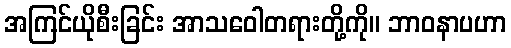
အကြင်ယိုစီးခြင်း အာသဝေါတရားတို့ကို။ ဘာဝနာပဟာ